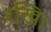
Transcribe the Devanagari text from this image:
रखि।